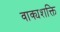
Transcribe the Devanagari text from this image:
वाक्यशक्ति